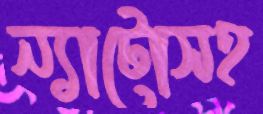
ন্যাটোসহ